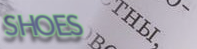
SHOES